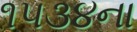
૧૫૩૪ના